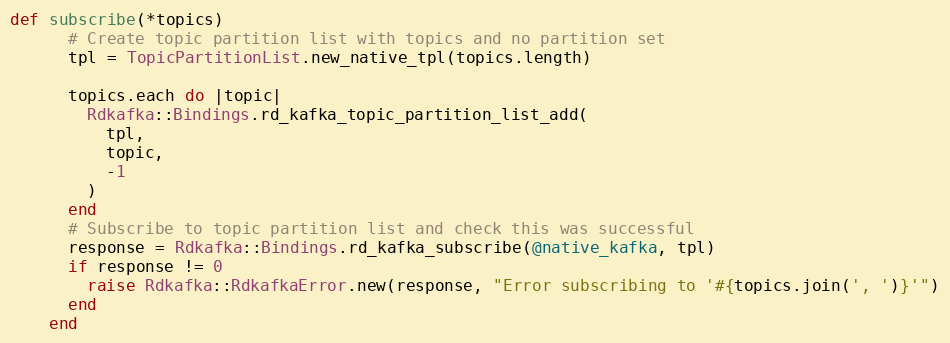
Language: Ruby
def subscribe(*topics)
      # Create topic partition list with topics and no partition set
      tpl = TopicPartitionList.new_native_tpl(topics.length)

      topics.each do |topic|
        Rdkafka::Bindings.rd_kafka_topic_partition_list_add(
          tpl,
          topic,
          -1
        )
      end
      # Subscribe to topic partition list and check this was successful
      response = Rdkafka::Bindings.rd_kafka_subscribe(@native_kafka, tpl)
      if response != 0
        raise Rdkafka::RdkafkaError.new(response, "Error subscribing to '#{topics.join(', ')}'")
      end
    end